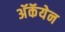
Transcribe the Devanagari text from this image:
अॅकॅयेन